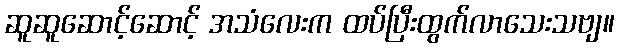
ဆူဆူဆောင့်ဆောင့် အသံလေးက ထပ်ပြီးထွက်လာသေးသဗျ။